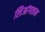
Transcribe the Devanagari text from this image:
लिआंगशान